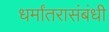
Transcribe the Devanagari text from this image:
धर्मांतरासंबंधी